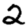
Digit: 2